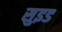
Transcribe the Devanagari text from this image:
सुइड